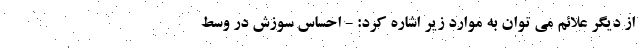
از دیگر علائم می توان به موارد زیر اشاره کرد: - احساس سوزش در وسط